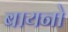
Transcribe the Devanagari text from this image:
बायनो